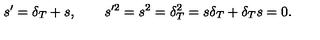
s ^ { \prime } = \delta _ { T } + s , \quad \quad s ^ { \prime 2 } = s ^ { 2 } = \delta _ { T } ^ { 2 } = s \delta _ { T } + \delta _ { T } s = 0 .